Lock hospitals Punjab
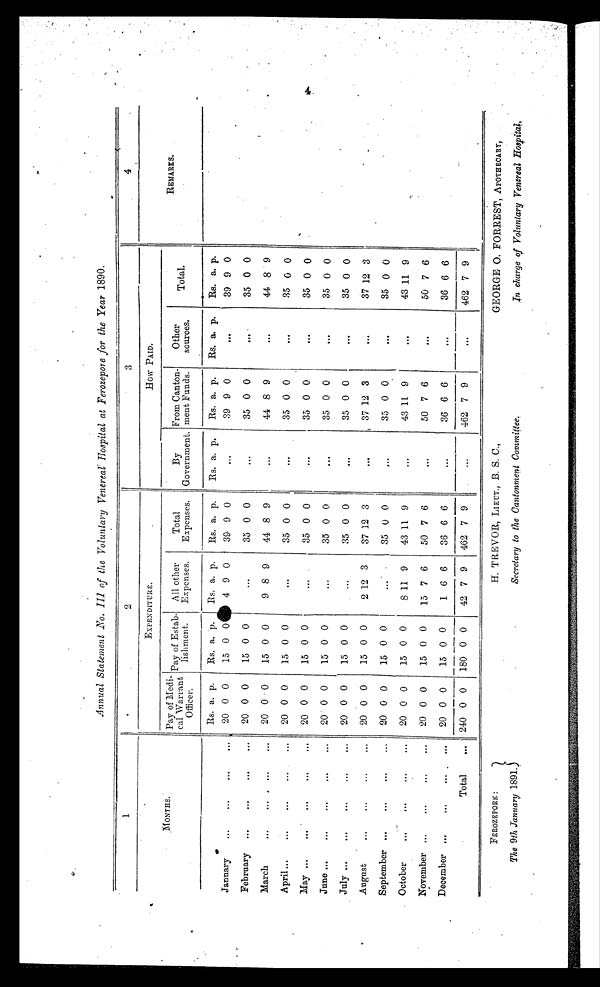
FEROZEPORE :
The 9th January 1891.
H. TREVOR, LIEUT., B. S. C.,
Secretary to the Cantonment Committee.
GEORGE 0. FORREST, APOTHECARY,
In charge of Voluntary Venereal Hospital,
Annual Statement No. III of the Voluntary Venereal Hospital at Ferozepore for the Year 1890.
1
2
3
4
MONTHS
EXPENDITURE.
HOW PAID.
Pay of Medi-
cal Warrant
Officer.
Pay of Estab
lishment.
All other
Expenses.
Total
Expenses.
By
Government.
From Canton-
meat Funds.
Other
sources.
Total .
REMARKS.
Rs. a. p.
Rs. a. p.
Rs. a p Rs.
a. p.
Rs. a. p.
Rs. a. p.
Rs. a. p.
Rs. a. p .
-
January
...
...
. . .
...
20 0 0
15 0 0 4
9
0
39 9 0
. . .
39 9 0
...
39 9 0
February ...
...
. . .
...
20 0 0
15 0 0
...
35 0 0
. . .
35 0 0
35 0 0
March
...
...
...
...
20 0 0
15 0 0
9 8 9
44 8 9
. . .
44 8 9
...
44 8 9
April
...
. . .
. . .
. . .
20 0 0
15 0 0
...
35 0 0
...
35 0 0
...
35 0 0
May
...
...
. . .
...
20 0 0
15 0
...
35 0 0
...
35 0 0
. . . 35 0 0
June
...
...
...
..
20 0 0
15 0 0
...
35 0 0
. . .
35 0 0
...
35 0 0
July
...
...
. . .
...
20 0 0
15 0 0
...
35 0 0
...
35 0 0
...
35 0 0
August
...
...
...
. . .
20 0 0
15 0 0
2 12 3
37 12 3
. . .
37 12 3
...
37 12 3
September ...
...
...
...
20 0 0
15 0 0
...
35 0 0
...
35 0 0
...
35 0 0
October
...
. . .
. . .
. . .
20 0 0
15 0 0
8 11 9
43 11
. . .
43 11 9
...
43 11 9
November ...
...
...
...
20 0 0
15 0 0
15 7 6
50 7 6
. . .
50 7 6
. . . 50 7 6
December ...
... ...
...
20 0 0
15 0 0
1 6 6
36 6 6
. . .
36 6 6
...
36 6 6
Total
... 240 0 0
180 0 0
42 7 9
462 7 9
...
462 7 9
...
462 7 9